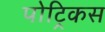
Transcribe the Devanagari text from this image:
पोट्रिकस